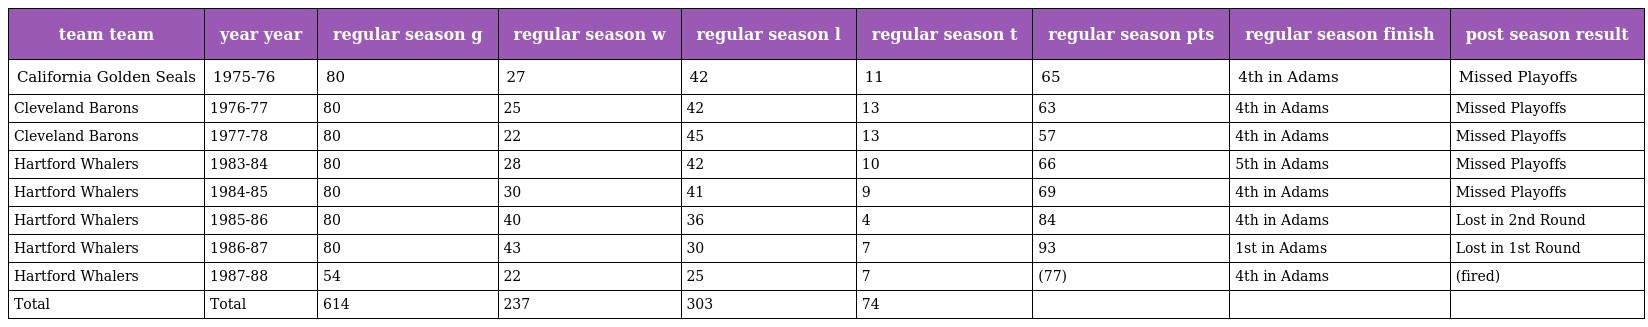
| team team | year year | regular season g | regular season w | regular season l | regular season t | regular season pts | regular season finish | post season result |
 | --- | --- | --- | --- | --- | --- | --- | --- | --- |
 | California Golden Seals | 1975-76 | 80 | 27 | 42 | 11 | 65 | 4th in Adams | Missed Playoffs |
 | Cleveland Barons | 1976-77 | 80 | 25 | 42 | 13 | 63 | 4th in Adams | Missed Playoffs |
 | Cleveland Barons | 1977-78 | 80 | 22 | 45 | 13 | 57 | 4th in Adams | Missed Playoffs |
 | Hartford Whalers | 1983-84 | 80 | 28 | 42 | 10 | 66 | 5th in Adams | Missed Playoffs |
 | Hartford Whalers | 1984-85 | 80 | 30 | 41 | 9 | 69 | 4th in Adams | Missed Playoffs |
 | Hartford Whalers | 1985-86 | 80 | 40 | 36 | 4 | 84 | 4th in Adams | Lost in 2nd Round |
 | Hartford Whalers | 1986-87 | 80 | 43 | 30 | 7 | 93 | 1st in Adams | Lost in 1st Round |
 | Hartford Whalers | 1987-88 | 54 | 22 | 25 | 7 | (77) | 4th in Adams | (fired) |
 | Total | Total | 614 | 237 | 303 | 74 |  |  |  |